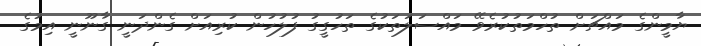
ޔާމީންގެ މައްޗަށް ތުހްމަތުކުރެވޭ މައްސަލަތަކުގެ ތަހުގީގު ފުލުހުން ކުރިއަށް ގެންދަނީ ގާނޫނީ އިމުގެ